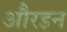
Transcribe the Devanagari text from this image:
औरइन